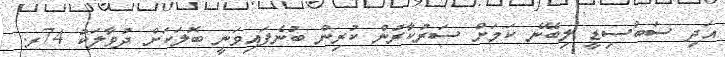
އަދި ސަބްސިޑީ ލިބޭނެ ކަމަށް ސަރުކާރުން ކުރިން ބުނެފައިވަނީ ބޮލަކަށް ދުވާލަކު 74ރ.